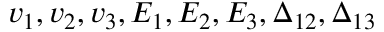
v _ { 1 } , v _ { 2 } , v _ { 3 } , E _ { 1 } , E _ { 2 } , E _ { 3 } , \Delta _ { 1 2 } , \Delta _ { 1 3 }